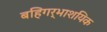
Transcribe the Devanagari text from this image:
बहिगर्भाशयिक